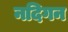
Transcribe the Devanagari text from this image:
नदिगन